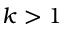
k > 1